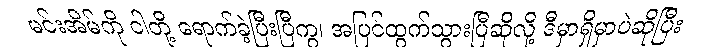
မင်းအိမ်ကို ငါတို့ ရောက်ခဲ့ပြီးပြီကွ၊ အပြင်ထွက်သွားပြီဆိုလို့ ဒီမှာရှိမှာပဲဆိုပြီး